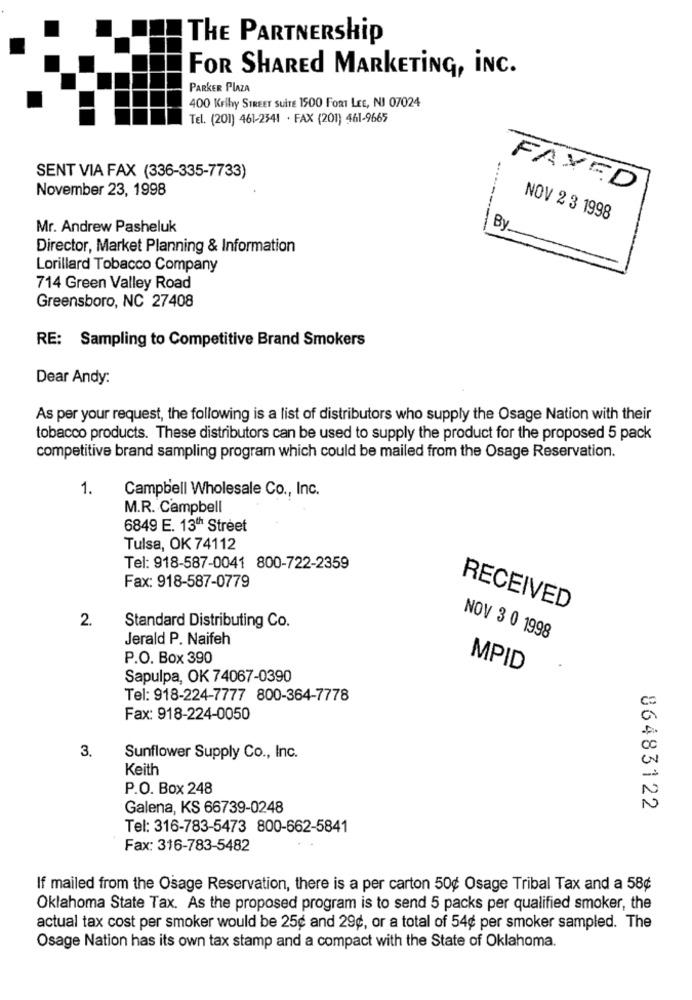
THE PARTNERShip
FOR SHARED MARKETING, INC.
PARKER PLAZA
400 Krlhy STREET SUITE 1500 FORT LEE, NI 07024
Tel. (201) 461-2341 · FAX (201) 461-9665
SENT VIA FAX (336-335-7733)
.....
November 23, 1998
FAXED
NOV 2 3 1998
Mr. Andrew Pasheluk
By
Director, Market Planning & Information
Lorillard Tobacco Company
714 Green Valley Road
Greensboro, NC 27408
RE: Sampling to Competitive Brand Smokers
Dear Andy:
As per your request, the following is a list of distributors who supply the Osage Nation with their
tobacco products. These distributors can be used to supply the product for the proposed 5 pack
competitive brand sampling program which could be mailed from the Osage Reservation.
1.
Campbell Wholesale Co ., Inc.
M.R. Campbell
6849 E. 13th Street
Tulsa, OK 74112
Tel: 918-587-0041 800-722-2359
Fax: 918-587-0779
RECEIVED
2.
Standard Distributing Co.
Jerald P. Naifeh
NOV 3 0 1998
P.O. Box 390
MPID
Sapulpa, OK 74067-0390
Tel: 918-224-7777 800-364-7778
Fax: 918-224-0050
3.
Sunflower Supply Co ., Inc.
Keith
P.O. Box 248
Galena, KS 66739-0248
86483122
Tel: 316-783-5473 800-662-5841
Fax: 316-783-5482
If mailed from the Osage Reservation, there is a per carton 50¢ Osage Tribal Tax and a 58¢
Oklahoma State Tax. As the proposed program is to send 5 packs per qualified smoker, the
actual tax cost per smoker would be 25¢ and 29¢, or a total of 54¢ per smoker sampled. The
Osage Nation has its own tax stamp and a compact with the State of Oklahoma.